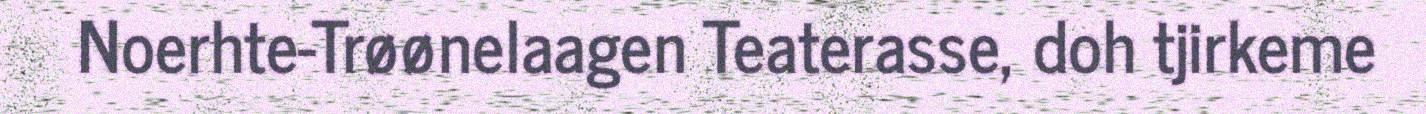
Noerhte-Trøønelaagen Teaterasse, doh tjirkeme